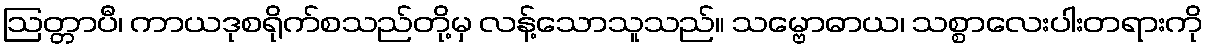
ဩတ္တာပီ၊ ကာယဒုစရိုက်စသည်တို့မှ လန့်သောသူသည်။ သမ္ဗောဓာယ၊ သစ္စာလေးပါးတရားကို